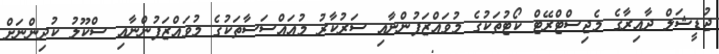
ޖުޑީޝަލް ދާއިރާގެ މެޖިސްޓްރޭޓް ކޯޓުތަކުގެ މުވައްޒަފުންނާއި ސަރުކާރު މުއައްސަސާތަކުގެ މުވައްޒަފުންނާއި ސްކޫލު ކުދިންނަށް